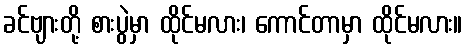
ခင်ဗျားတို့ စားပွဲမှာ ထိုင်မလား၊ ကောင်တာမှာ ထိုင်မလား။